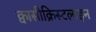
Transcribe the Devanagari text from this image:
क्वासीक्रिस्टलाइन